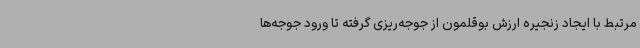
مرتبط با ایجاد زنجیره ارزش بوقلمون از جوجه‌ریزی گرفته تا ورود جوجه‌ها